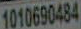
1010690484